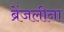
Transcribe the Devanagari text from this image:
ब्रेंजलीना